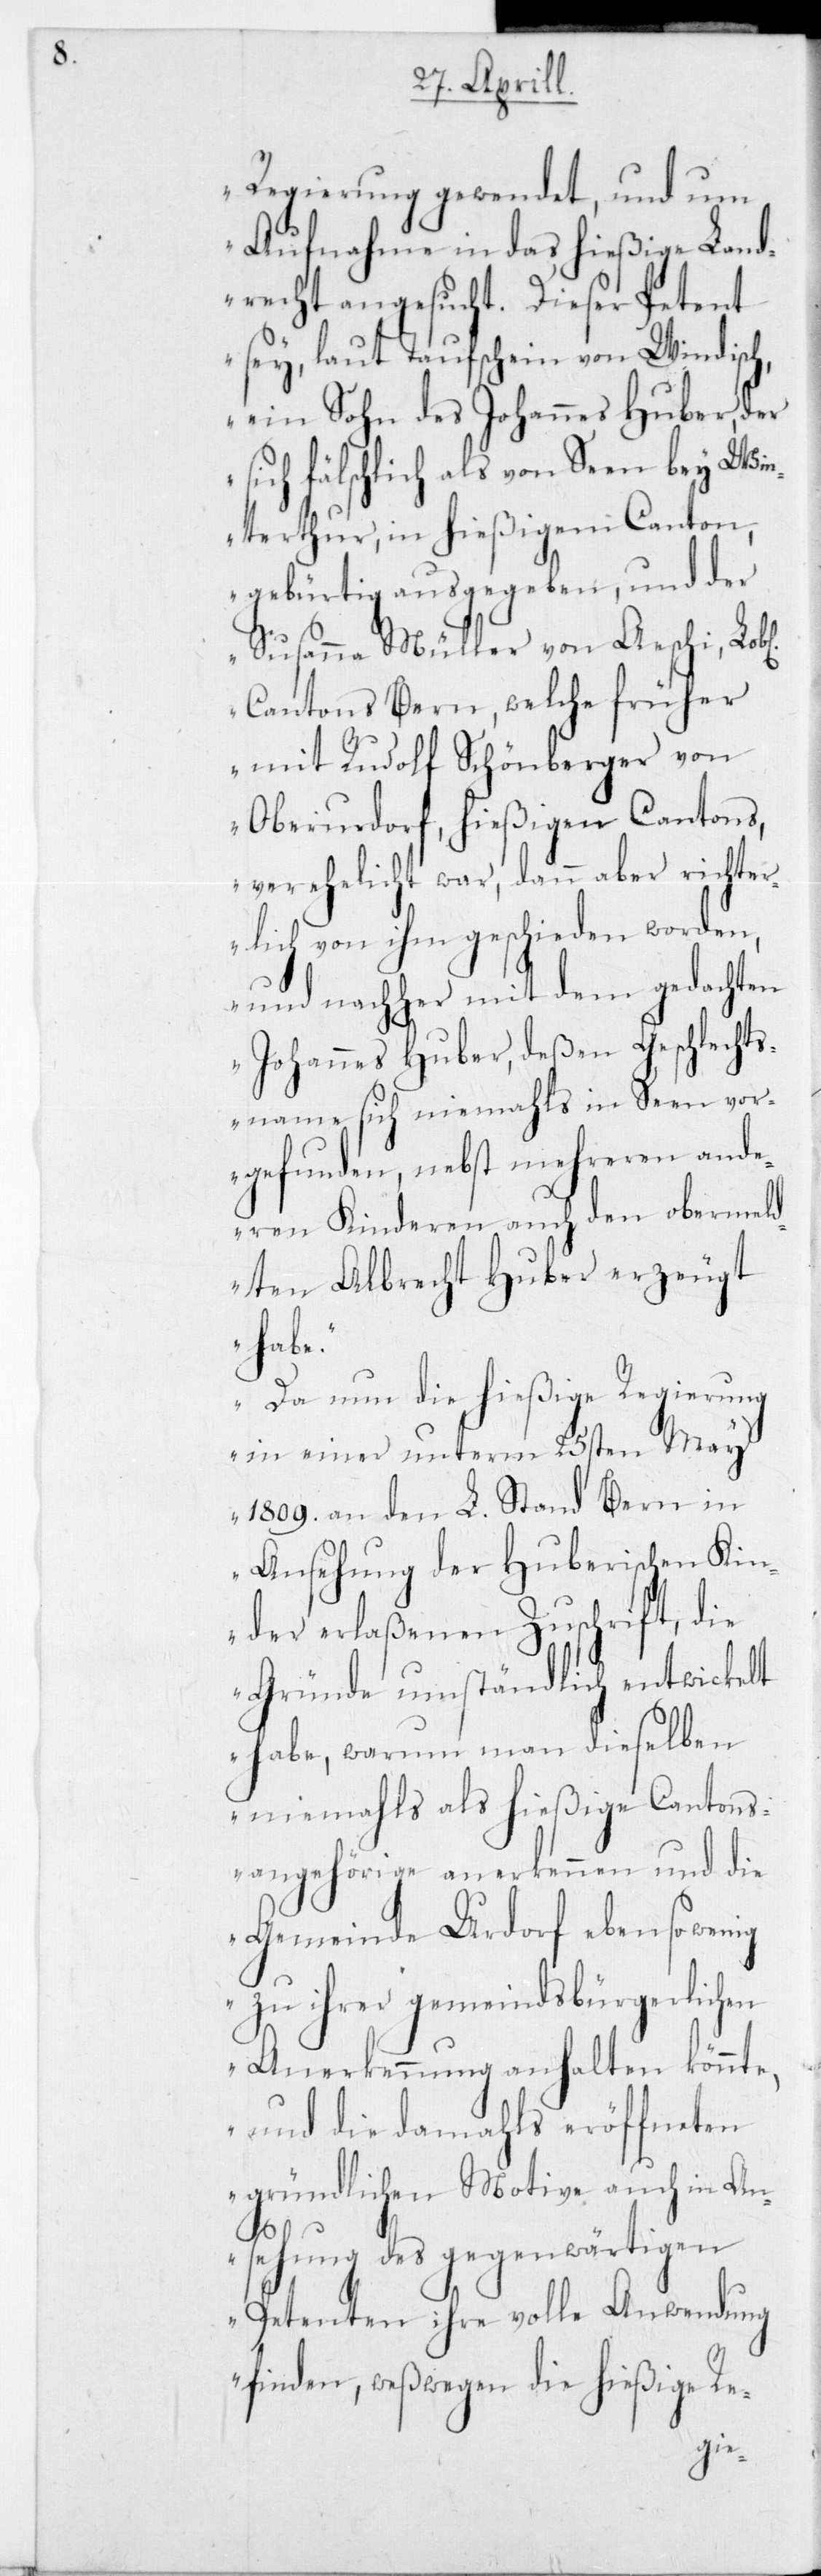
Regierung gewendet, und um
Aufnahme in das hießige Land¬
recht angesucht. Dieser Petent
sey, laut Taufschein von Windisch,
ein Sohn des Johannes Huber,
sich fälschlich als von Seen bey Wi¬
nterthur, in hießigem Canton,
gebürtig, ausgegeben, und der
Susanna Müller von Aeschi, Lob¬
der
Cantons Bern, welche
mit Rudolf Schönberger von
Oberurdorf, hießigen Cantons,
er richter¬
verehelicht war, dann ab¬
lich von ihm geschieden worden,
und nachher mit dem gedachten
Johannes Huber, deßen Geschlechts¬
Seen vor¬
name sich niemahls
and¬
gefunden, nebst meh¬
eren Kinderen auch den oberme¬
eri¬
ldten Albrecht Huber
habe.
ierung
Da nun die hießige
l.
in einer unterm
rn in
1809 an den L. Stand Be¬
schen Ki¬
Ansehung der Hub¬
nder erlaßenen Zu¬
diese¬
Gründe umständlich
lben
habe, warum man
niemahls als hießige Cantons¬
angehörige anerkennen und die
Gemeinde Urdorf ebenso wenig
zu ihrer gemeindsbürgerlichen
Anerkennung anhalten könnte,
und die damahls eröffneten
gründlichen Motive auch in An¬
sehung des gegenwärtigen
Petenten ihre volle Anwendung
finden, weßwegen die hießige Re-